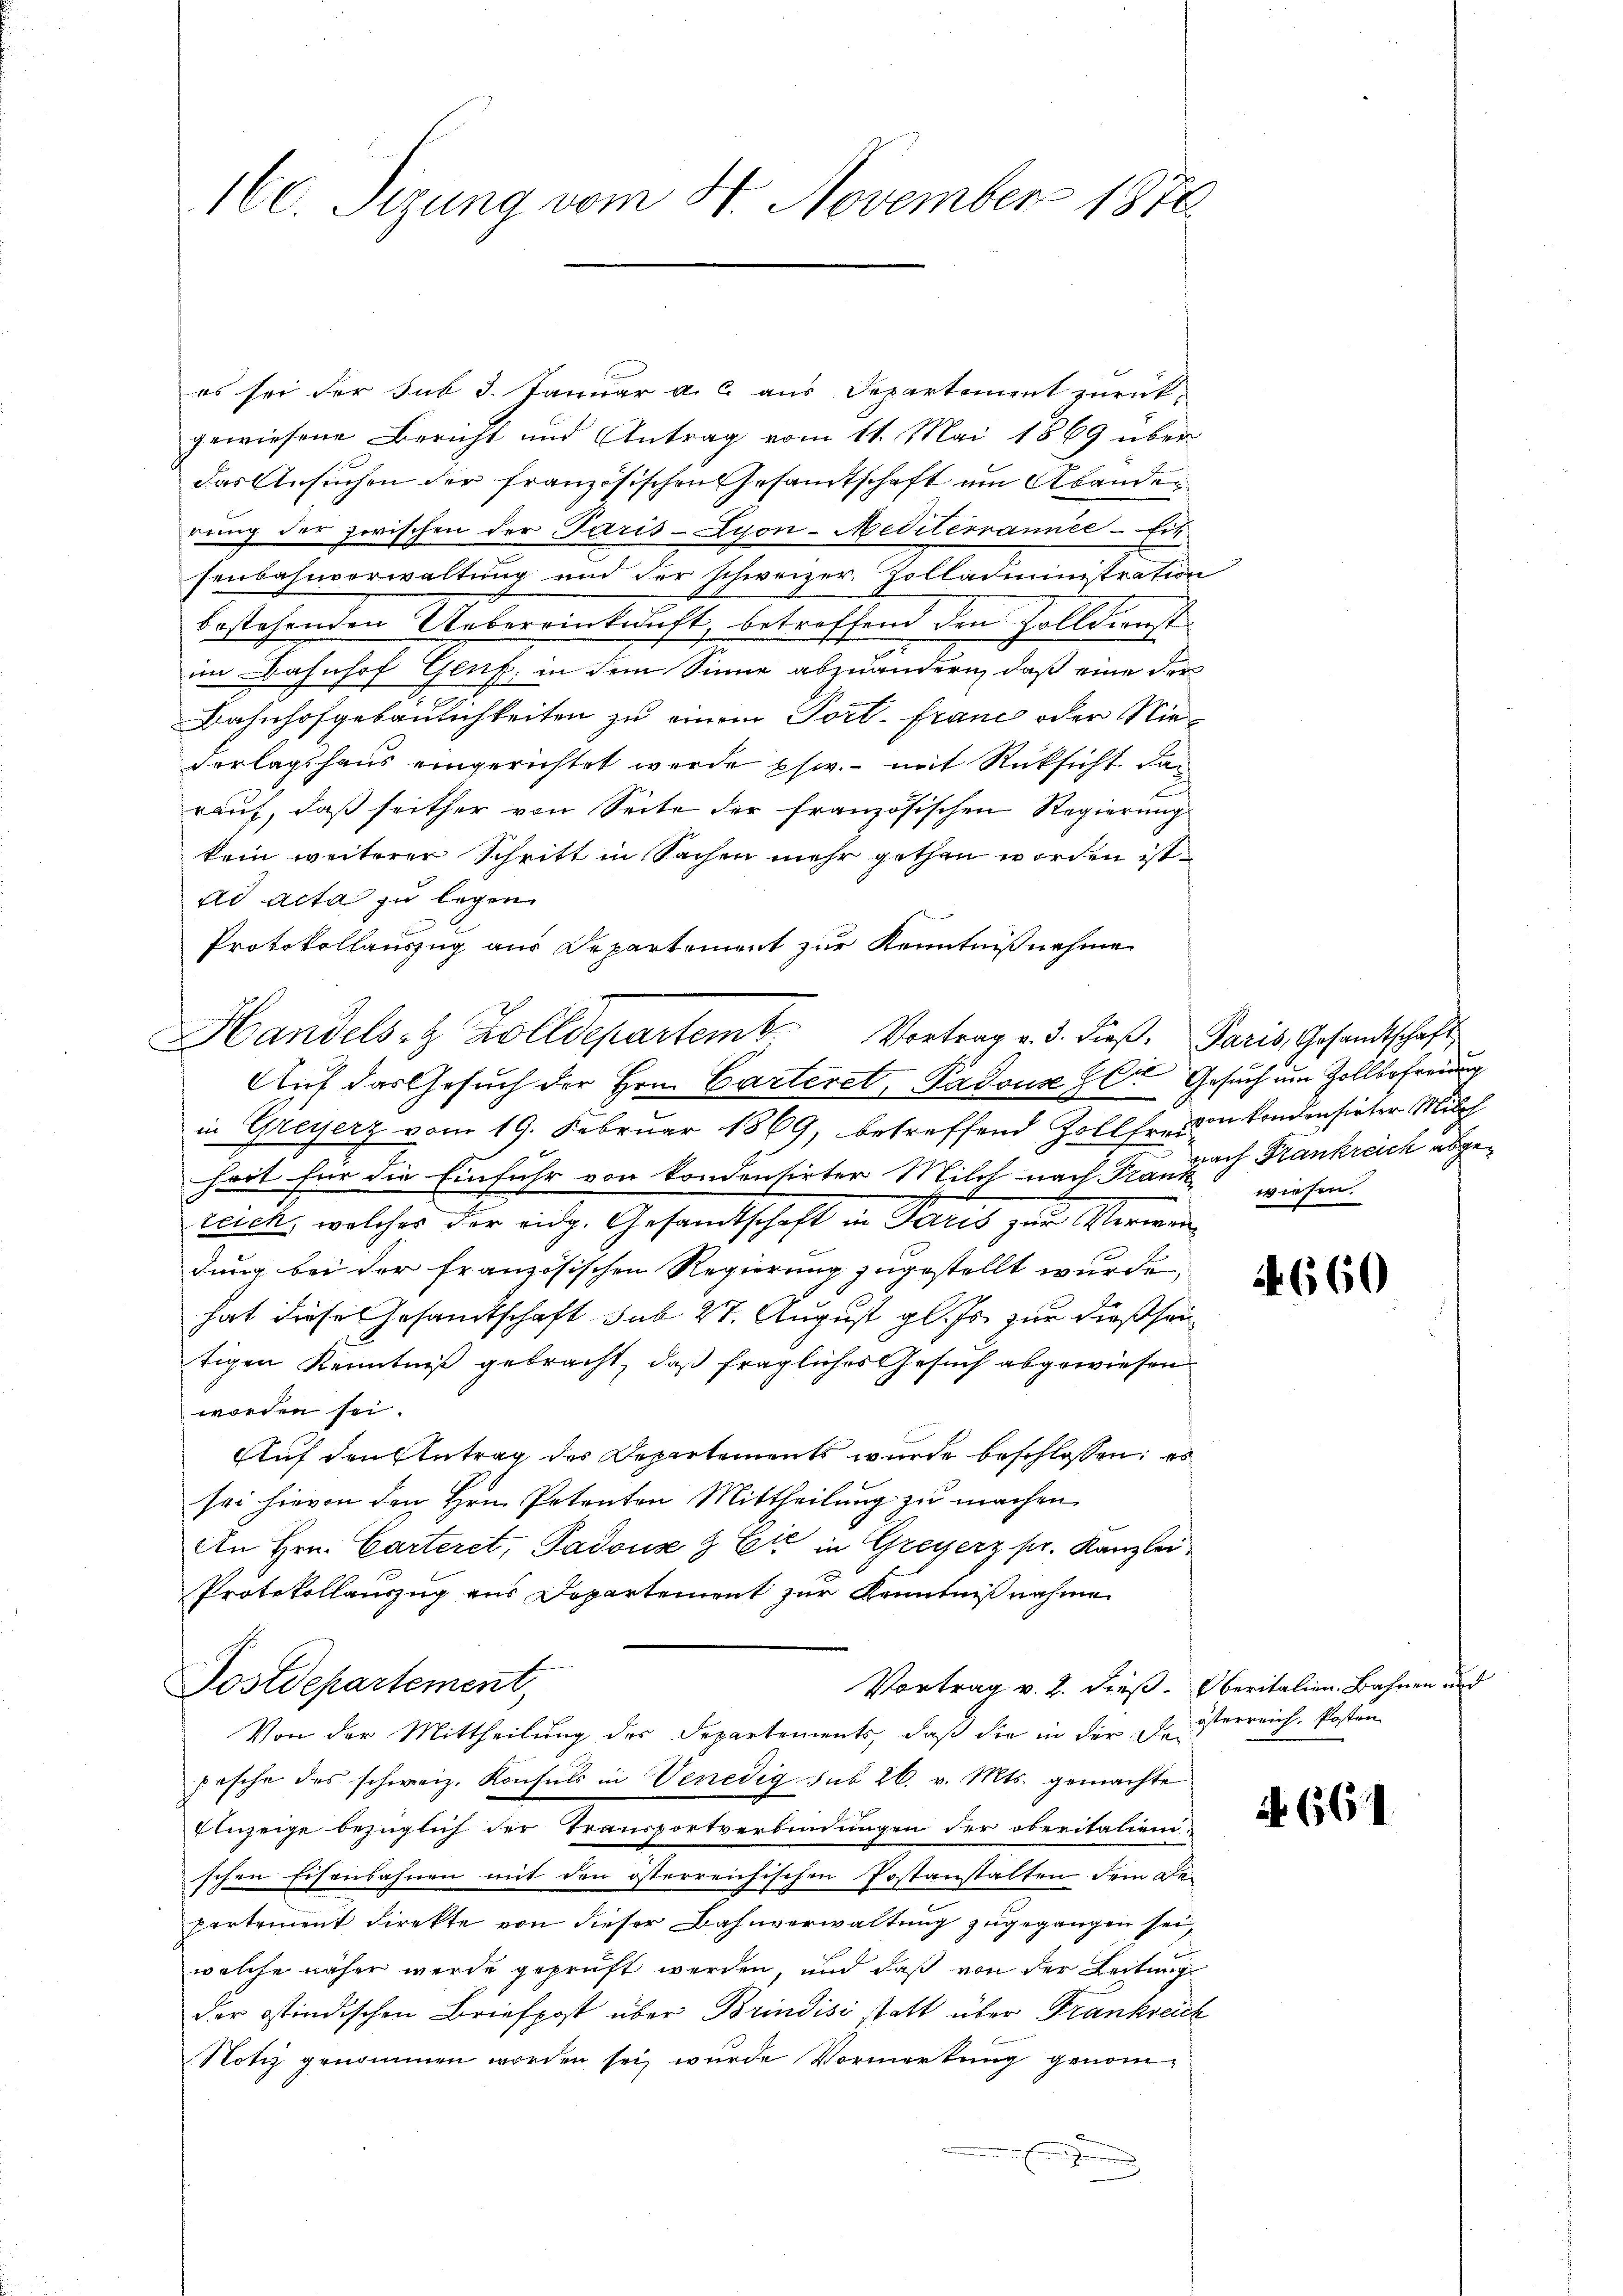
es sei der sub 3. Januar a. c. aus Departement zurückgewiesene Bericht und Antrag vom 11. Mai 1869 über
das Ansuchen der französischen Gesamtschaft um Abander
rung der horischen der Paris-Lyon-Mediterrannée - Eit
senbahnverwaltung und der schweizer. Zolladministration
bestehenden Uebereinkunft, betroffend den Zolldienst
im Bahnhof Genf, in dem Sinne abzuändern, daß eine der
Bahnhofgebaulichkeiten zu einem Port. Franz oder Niederlagshaus eingerichtet werde phw. - mit Rücksicht dan
rauf, daß seither von Seite der französischen Regierung
kein weiterer Schritt in Sachen mehr gethen worden ist.
ad acta zu legen.
Protokollauszug aus Departement zur Kenntnißnahme
Auf das Gesuch der Hrn. Carteret, Padouse her Gesuch um Zollbefreiung
in Greyerz vom 19. Februar 1869, betreffend Zollfreien kondensirter Milch
heit für die Einfuhr von kondensirter Milch nach Frau auf Krankreich abgereich, welches der eidg. Gesamtschaft in Paris zur Verwenx
dung bei der französischen Regierung zugestellt wurde,
hat diese Gesamtschaft sub 27. August gl. Js. zur dießsei
tigen Kenntniß gebracht, daß fragliches Gesuch abgewiesen
worden sei.
Auf den Antrag des Departements wurde beschlossen: es
sei hievon den Hrn. Petenten Mittheilŭng zŭ machen.
An Hrn. Carteret, Padons & Cie in Greyerz pr. Kanzlei
Protokollauszug aus Departement zur Kenntniß nahmen
Postdepartement,
Vortrag v. 2. dieß. Oberitalien Bahnen und
Von der Mittheilung des Departements, daß die in der Deposche des schweiz. Konsuls in Venedig sub 26. v. Mts. gemachte
Einzeige bezüglich der Transportverbindungen der oberitalien-
schen Eisenbahnen mit den österreichischen Postanstalten dem Departement direkte von dieser Bahnverwaltung zugegangen sei,
welche näher werde geprüft werden, und daß von der Leitung
der ostindischen Briefpost über Brindisi statt über Frankreich
Notiz genommen worden sei, wurde Vormerkung genom¬
F

160. Sizung vom 4. November 1876.

Handels- & Zolldepartemb. Vortrag v. d. dieß. Paris, Gesandtschaft

wiesen.

A. 660

österreich, Posten

A 661